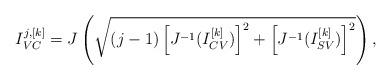
LaTeX: \begin{align*} I^{j,[k]}_{VC} & = J\left(\sqrt{(j-1)\left[J^{-1}(I^{[k]}_{CV})\right]^2 + \left[J^{-1}(I^{[k]}_{SV})\right]^2}\right),\end{align*}